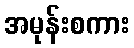
အမုန်းစကား